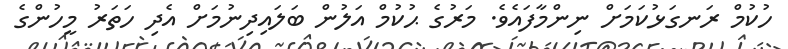
ހުކުމް ރަނގަޅުކަމަށް ނިންމާފައެވެ. މަރުގެ ޙުކުމް އަލުން ބަލައިދިނުމަށް އެދި ހަތަރު މީހުންގެ